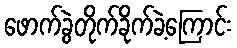
ဖောက်ခွဲတိုက်ခိုက်ခဲ့ကြောင်း